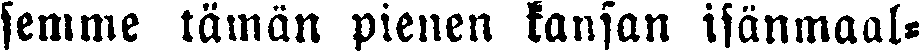
semme tämän pienen kansan isänmaal-